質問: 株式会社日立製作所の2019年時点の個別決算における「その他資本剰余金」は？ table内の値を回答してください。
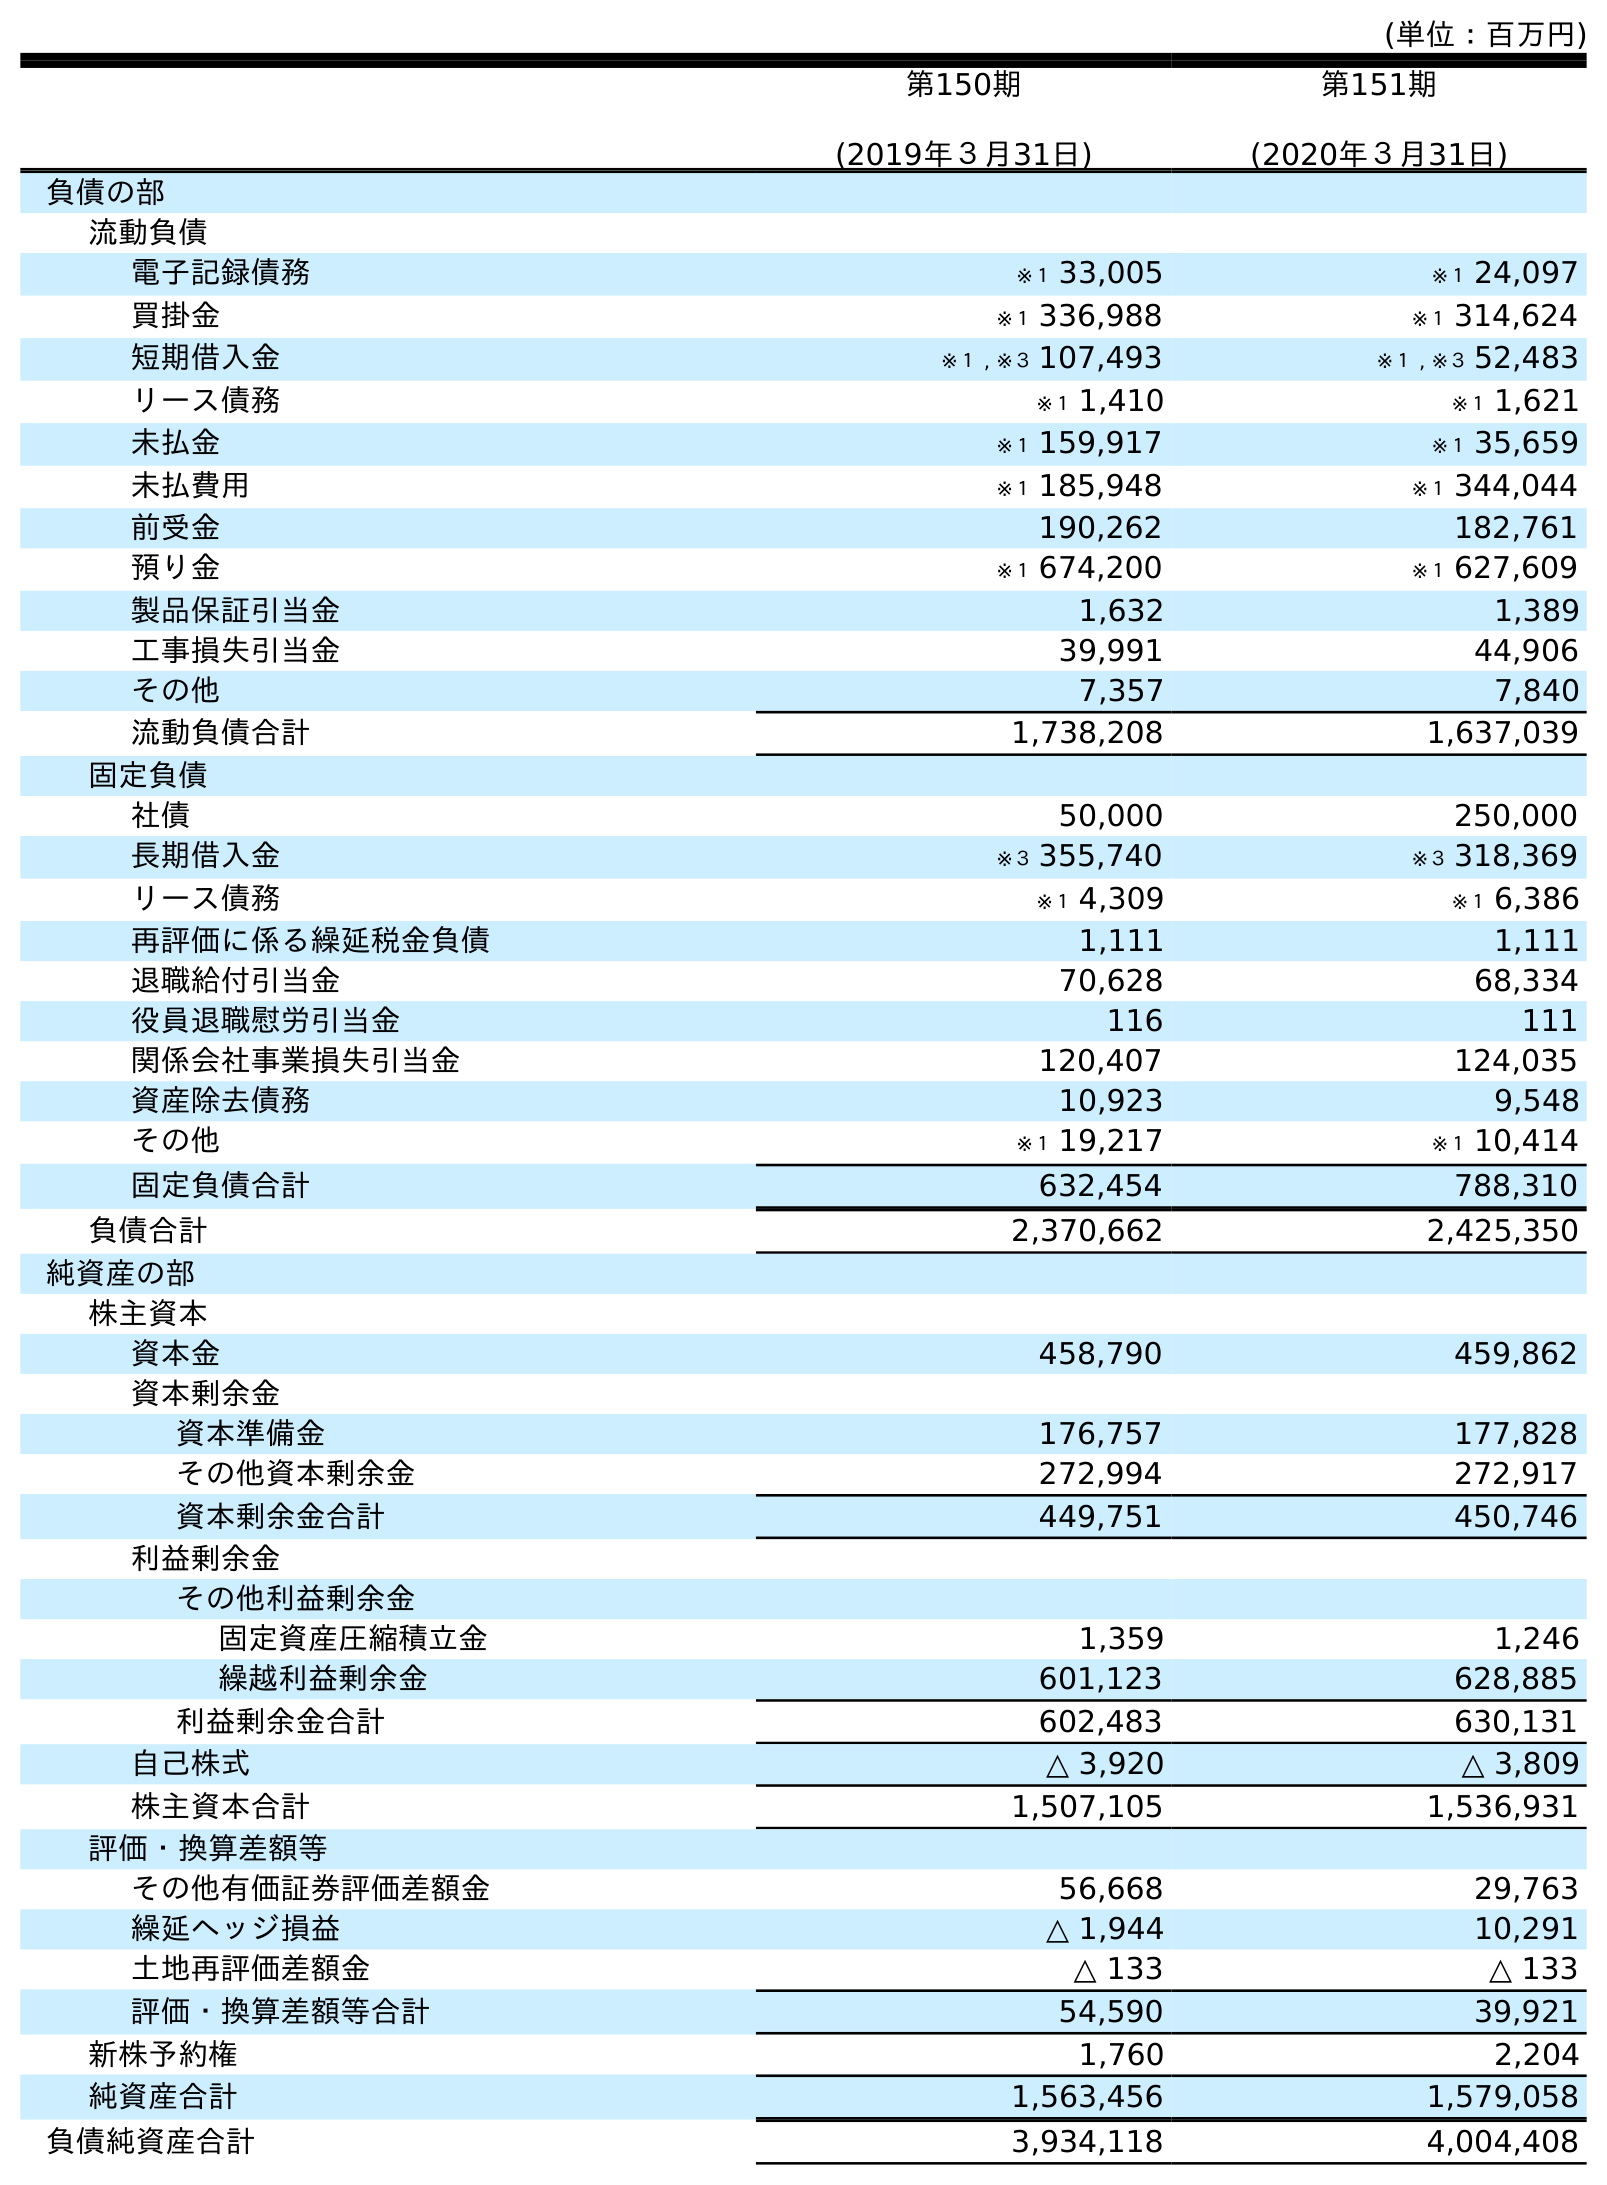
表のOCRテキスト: (単位：百万円) 第150期 (2019年３月31日) 第151期 (2020年３月31日) 負債の部 流動負債 電子記録債務 ※１ 33,005 ※１ 24,097 買掛金 ※１ 336,988 ※１ 314,624 短期借入金 ※１ , ※３ 107,493 ※１ , ※３ 52,483 リース債務 ※１ 1,410 ※１ 1,621 未払金 ※１ 159,917 ※１ 35,659 未払費用 ※１ 185,948 ※１ 344,044 前受金 190,262 182,761 預り金 ※１ 674,200 ※１ 627,609 製品保証引当金 1,632 1,389 工事損失引当金 39,991 44,906 その他 7,357 7,840 流動負債合計 1,738,208 1,637,039 固定負債 社債 50,000 250,000 長期借入金 ※３ 355,740 ※３ 318,369 リース債務 ※１ 4,309 ※１ 6,386 再評価に係る繰延税金負債 1,111 1,111 退職給付引当金 70,628 68,334 役員退職慰労引当金 116 111 関係会社事業損失引当金 120,407 124,035 資産除去債務 10,923 9,548 その他 ※１ 19,217 ※１ 10,414 固定負債合計 632,454 788,310 負債合計 2,370,662 2,425,350 純資産の部 株主資本 資本金 458,790 459,862 資本剰余金 資本準備金 176,757 177,828 その他資本剰余金 272,994 272,917 資本剰余金合計 449,751 450,746 利益剰余金 その他利益剰余金 固定資産圧縮積立金 1,359 1,246 繰越利益剰余金 601,123 628,885 利益剰余金合計 602,483 630,131 自己株式 △ 3,920 △ 3,809 株主資本合計 1,507,105 1,536,931 評価・換算差額等 その他有価証券評価差額金 56,668 29,763 繰延ヘッジ損益 △ 1,944 10,291 土地再評価差額金 △ 133 △ 133 評価・換算差額等合計 54,590 39,921 新株予約権 1,760 2,204 純資産合計 1,563,456 1,579,058 負債純資産合計 3,934,118 4,004,408
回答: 272,994